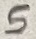
Text: 5